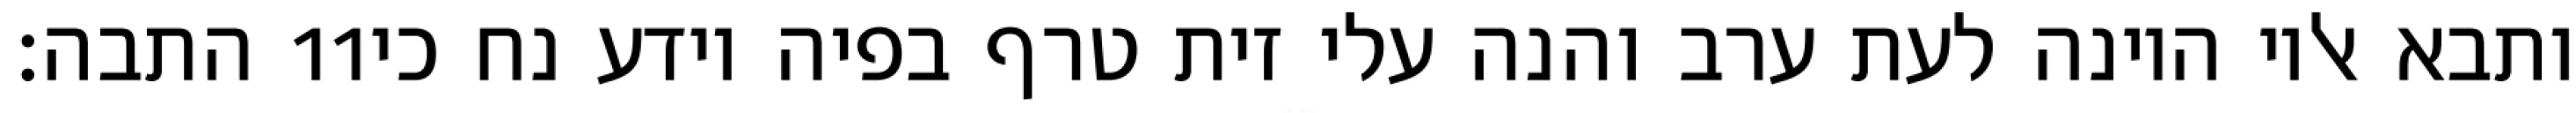
התבה׃ ‎11‏ ותבא אליו היונה לעת ערב והנה עלי זית טרף בפיה וידע נח כי